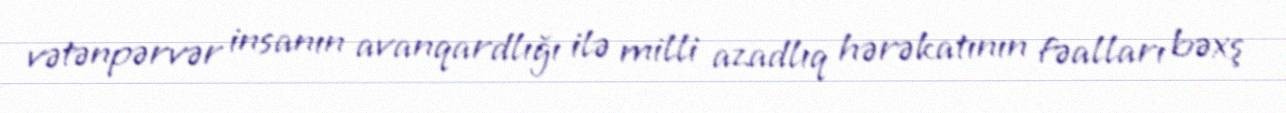
vətənpərvər insanın avanqardlığı ilə milli azadlıq hərəkatının fəalları bəxş